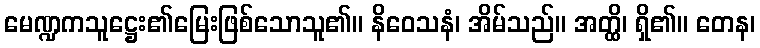
မေဏ္ဍကသူဋ္ဌေး၏မြေးဖြစ်သောသူ၏။ နိဝေသနံ၊ အိမ်သည်။ အတ္ထိ၊ ရှိ၏။ တေန၊